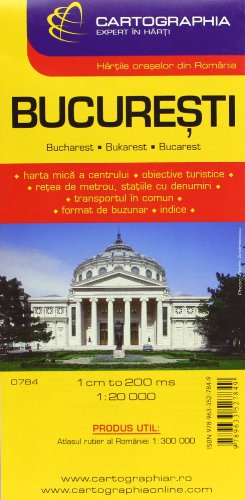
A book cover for Bucharest city (City Map); Cartographia; Travel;